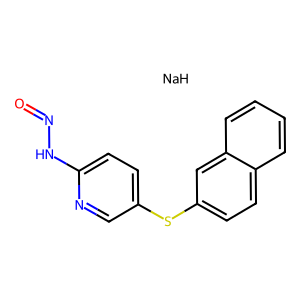
SMILES: O=NNc1ccc(Sc2ccc3ccccc3c2)cn1.[NaH]
Inhibits HIV replication: No